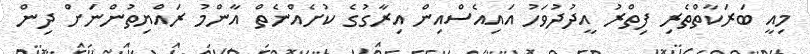
މިއީ ބަރަކާތްތެރި ފިތްރު އީދުދުވަހު އައިއެސްއިން އިރާގުގެ ކުށެއްނެތް އާންމު ރައްޔިތުންނަށް ދިން